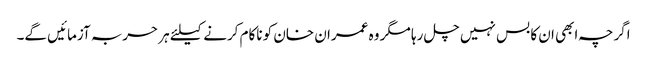
اگرچہ ابھی ان کا بس نہیں چل رہا مگر وہ عمران خان کو ناکام کرنے کیلئے ہر حربہ آزمائیں گے۔